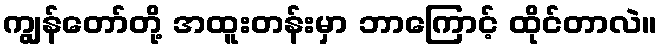
ကျွန်တော်တို့ အထူးတန်းမှာ ဘာကြောင့် ထိုင်တာလဲ။